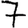
Digit: 7